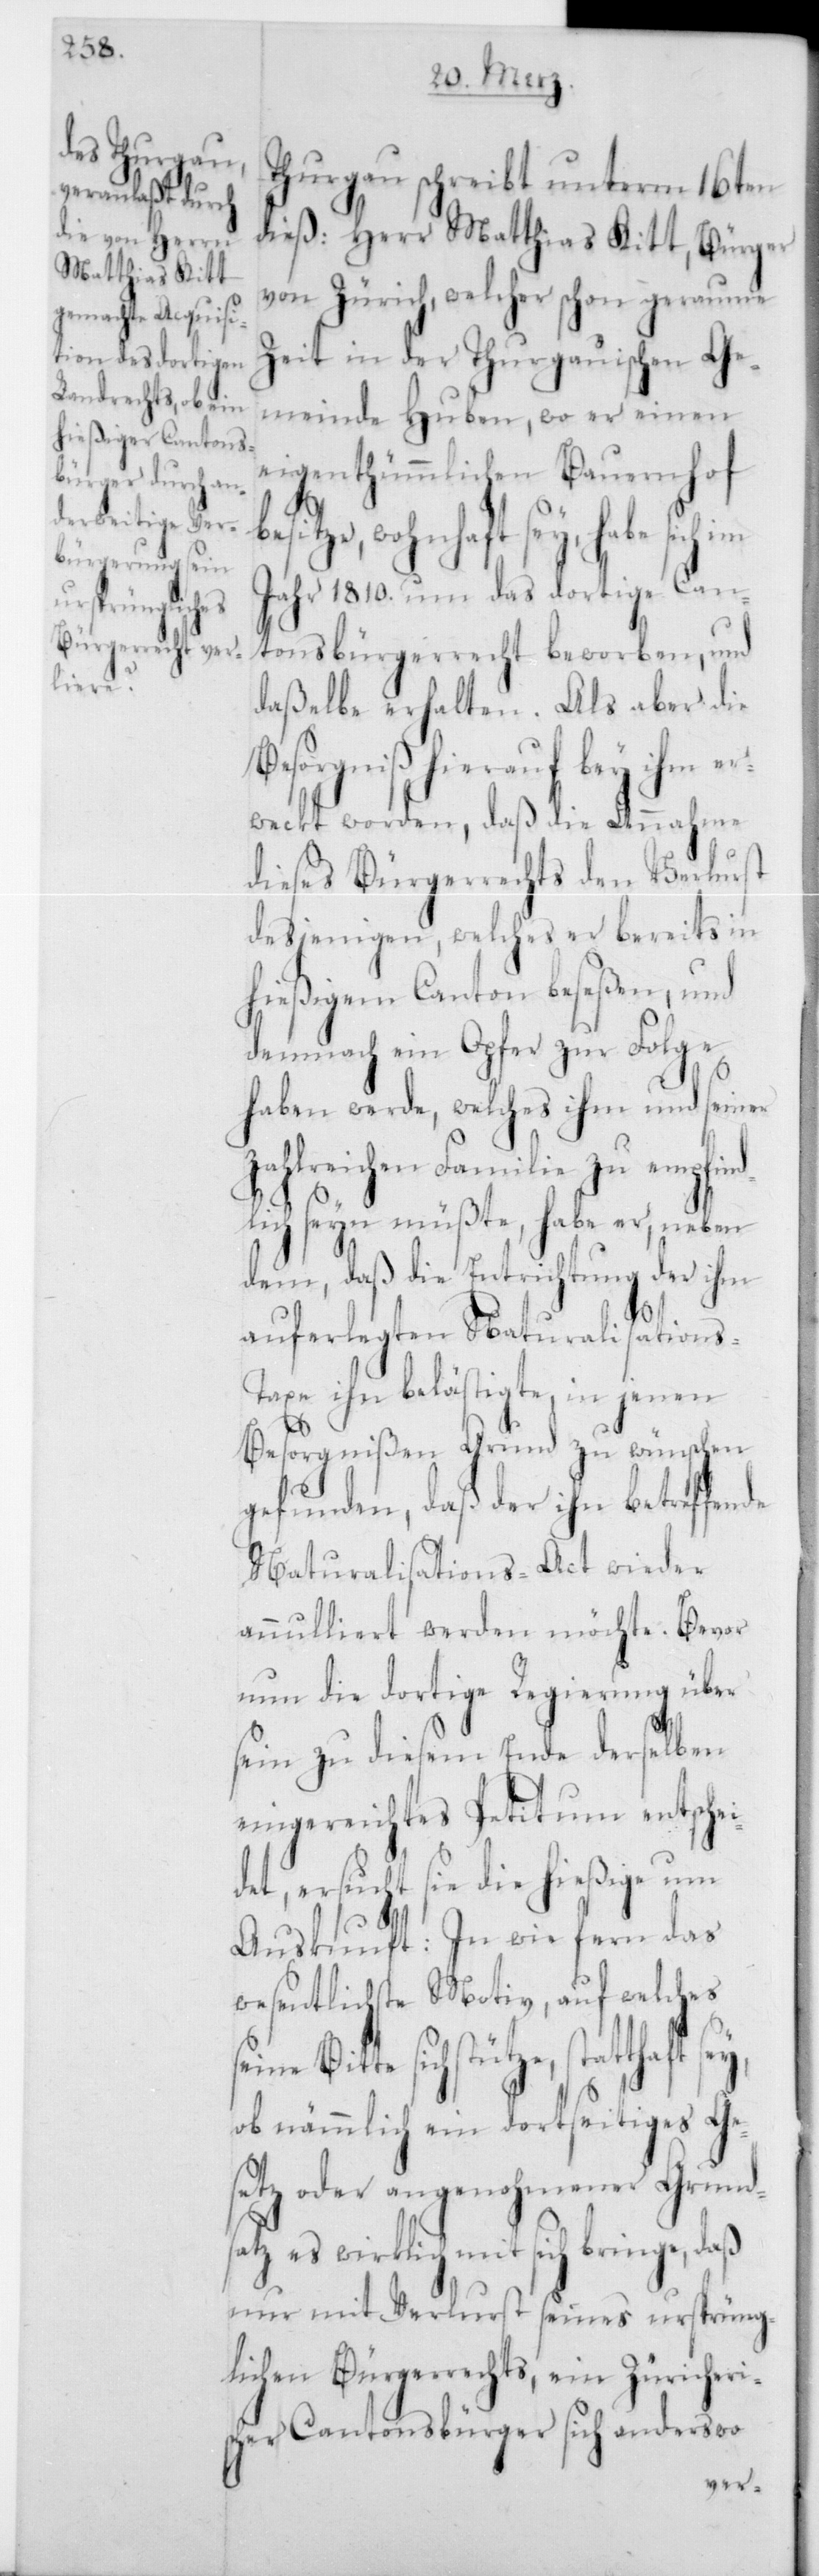
Thurgau schreibt unterm 16ten
dieß: Herr Matthias Kitt, Bürger
von Zürich, welcher schon geraume
Zeit in der Thurgauischen Ge¬
meinde Huben, wo er einen
eigentümmlichen Bauernhof
besitze, wohnhaft sey, habe sich im
Jahr 1810 um das dortige Can¬
tonsbürgerrecht beworben, und
daßelbe erhalten. Als aber die
Besorgniß hierauf bey ihm er¬
weckt worden, daß die Annahme
dieses Bürgerrechts den Verlust
desjenigen, welches er bereits in
hießigem Canton beseßen, und
demnach ein Opfer zur Folge
haben werde, welches ihm und seiner
zahlreichen Familie zu empfin¬
dlich seyn müßte, habe er, neben
dem, daß die Entrichtung der ihm
auferlegten Naturalisations-T¬
axe ihn belästige, in jenen
Besorgnißen Grund zu wünschen
gefunden, daß der ihn betreffende
Naturalisations-Act wieder
annulliert werden möchte. Bevor
nun die dortige Regierung über
sein zu diesem Ende derselben
eingereichtes Petitum entschei¬
det, ersucht sie die hießige um
Auskunft: In wie fern das
wesentlichste Motiv, auf welches
seine Bitte sich stütze,
ob nämmlich ein dortseitiges Ge¬
setz oder angenohmener Grunds¬
atz es wirklich mit sich bringe, daß
nur mit Verlust seines ursprüng¬
lichen Bürgerrechts, ein Züricheri¬
scher Cantonsbürger sich anderswo